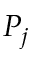
P _ { j }